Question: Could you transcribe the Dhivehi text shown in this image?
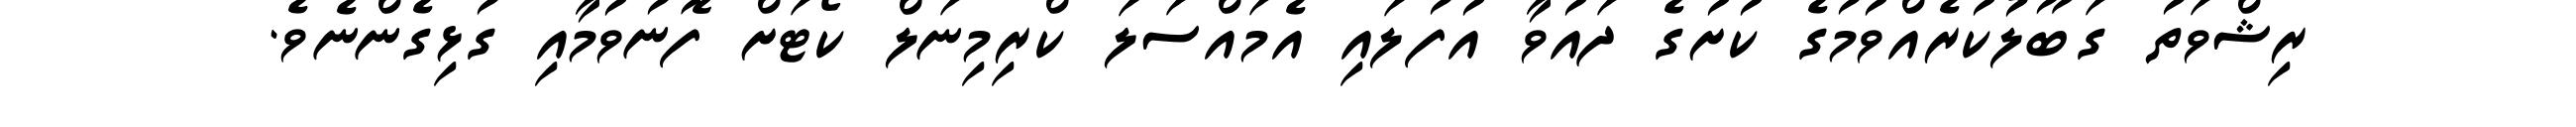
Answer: ރިޝްވަތު ގަބޫލުކުރެއްވުމުގެ ކުށުގެ ދައުވާ އުފުލައި އެމައްސަލަ ކްރިމިނަލް ކޯޓަށް ފޮނުވުމާއި ގުޅިގެންނެވެ.